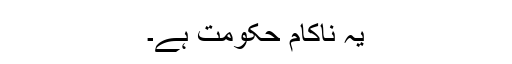
یہ ناکام حکومت ہے۔